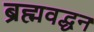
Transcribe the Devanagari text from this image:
ब्रह्मवद्धन